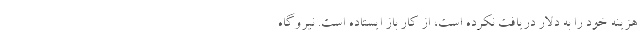
هزینه خود را به دلار دریافت نکرده است، از کار باز ایستاده است. نیروگاه